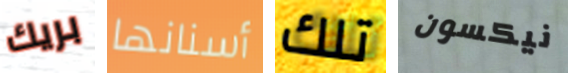
بريك أسنانها تلك نيكسون